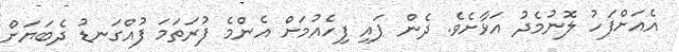
އެއަށްފަހު ލޮނުމެދު އަޅާށެވެ. ދެން ޕައި ފިހެއުމަށް އެންމެ ފުރަތަމަ ފުއްގަނޑު ދެބަޔަށް